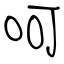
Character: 呵